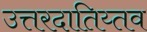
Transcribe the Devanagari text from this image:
उत्तरदातिय्तव